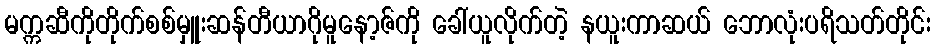
မက္ကဆီကိုတိုက်စစ်မှူးဆန်တီယာဂိုမူနော့ဇ်ကို ခေါ်ယူလိုက်တဲ့ နယူးကာဆယ် ဘောလုံးပရိသတ်တိုင်း